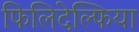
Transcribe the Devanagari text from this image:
फिलिदेल्फिया